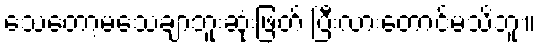
သေတော့မသေချာဘူးဆုံးဖြတ် ပြီးလားတောင်မသိဘူး။